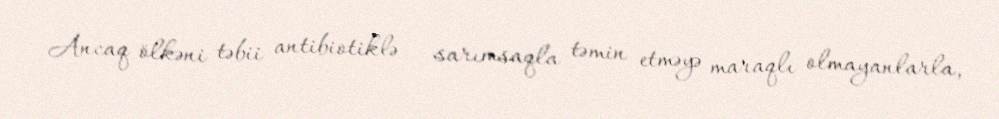
Ancaq ölkəni təbii antibiotiklə - sarımsaqla təmin etməyə maraqlı olmayanlarla,